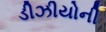
ડીઝીયોની